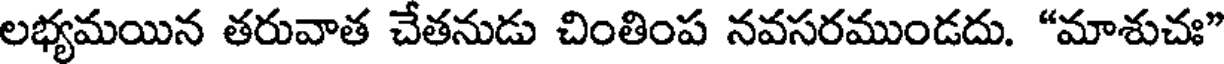
లభ్యమయిన తరువాత చేతనుడు చింతింప నవసరముండదు. "మాశుచః"